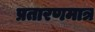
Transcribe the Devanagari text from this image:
प्रतारणमात्र